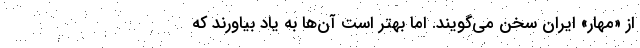
از «مهار» ایران سخن می‌گویند. اما بهتر است آن‌ها به یاد بیاورند که